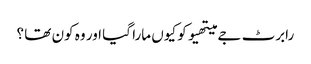
رابرٹ جے میتھیو کو کیوں مارا گیا اور وہ کون تھا ؟